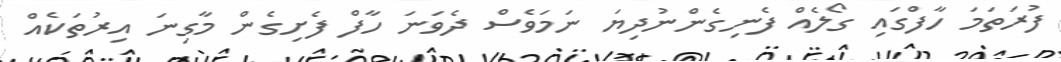
ފުރަތަމަ ހާފްގައި ގޯލެއް ފެނިގެންނުދިޔަ ނަމަވެސް ދެވަނަ ހާފް ފެށިގެން މާގިނަ އިރުތަކެއް